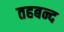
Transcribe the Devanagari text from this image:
तहबन्द